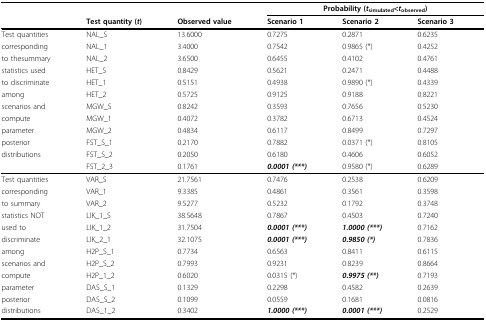
<table><thead><tr><td></td><td></td><td></td><td colspan="3"><b>Probability (<i>t</i><sub>simulated</sub>&lt;<i>t</i><sub>observed</sub>)</b></td></tr><tr><td></td><td><b>Test quantity (<i>t</i>)</b></td><td><b>Observed value</b></td><td><b>Scenario 1</b></td><td><b>Scenario 2</b></td><td><b>Scenario 3</b></td></tr></thead><tbody><tr><td>Test quantities</td><td>NAL_S</td><td>13.6000</td><td>0.7275</td><td>0.2871</td><td>0.6235</td></tr><tr><td>corresponding</td><td>NAL_1</td><td>3.4000</td><td>0.7542</td><td>0.9865 (*)</td><td>0.4252</td></tr><tr><td>to thesummary</td><td>NAL_2</td><td>3.6500</td><td>0.6455</td><td>0.4102</td><td>0.4761</td></tr><tr><td>statistics used</td><td>HET_S</td><td>0.8429</td><td>0.5621</td><td>0.2471</td><td>0.4488</td></tr><tr><td>to discriminate</td><td>HET_1</td><td>0.5151</td><td>0.4938</td><td>0.9890 (*)</td><td>0.4339</td></tr><tr><td>among</td><td>HET_2</td><td>0.5725</td><td>0.9125</td><td>0.9188</td><td>0.8221</td></tr><tr><td>scenarios and</td><td>MGW_S</td><td>0.8242</td><td>0.3593</td><td>0.7656</td><td>0.5230</td></tr><tr><td>compute</td><td>MGW_1</td><td>0.4072</td><td>0.3782</td><td>0.6713</td><td>0.4524</td></tr><tr><td>parameter</td><td>MGW_2</td><td>0.4834</td><td>0.6117</td><td>0.8499</td><td>0.7297</td></tr><tr><td>posterior</td><td>FST_S_1</td><td>0.2170</td><td>0.7882</td><td>0.0371 (*)</td><td>0.8105</td></tr><tr><td>distributions</td><td>FST_S_2</td><td>0.2050</td><td>0.6180</td><td>0.4606</td><td>0.6052</td></tr><tr><td></td><td>FST_2_3</td><td>0.1761</td><td><b><i>0.0001 (***)</i></b></td><td>0.9580 (*)</td><td>0.6289</td></tr><tr><td>Test quantities</td><td>VAR_S</td><td>21.7561</td><td>0.7476</td><td>0.2538</td><td>0.6209</td></tr><tr><td>corresponding</td><td>VAR_1</td><td>9.3385</td><td>0.4861</td><td>0.3561</td><td>0.3598</td></tr><tr><td>to summary</td><td>VAR_2</td><td>9.5277</td><td>0.5232</td><td>0.1792</td><td>0.3748</td></tr><tr><td>statistics NOT</td><td>LIK_1_S</td><td>38.5648</td><td>0.7867</td><td>0.4503</td><td>0.7240</td></tr><tr><td>used to</td><td>LIK_1_2</td><td>31.7504</td><td><b><i>0.0001 (***)</i></b></td><td><b><i>1.0000 (***)</i></b></td><td>0.7162</td></tr><tr><td>discriminate</td><td>LIK_2_1</td><td>32.1075</td><td><b><i>0.0001 (***)</i></b></td><td><b><i>0.9850 (*)</i></b></td><td>0.7836</td></tr><tr><td>among</td><td>H2P_S_1</td><td>0.7734</td><td>0.6563</td><td>0.8411</td><td>0.6115</td></tr><tr><td>scenarios and</td><td>H2P_S_2</td><td>0.7993</td><td>0.9231</td><td>0.8239</td><td>0.8664</td></tr><tr><td>compute</td><td>H2P_1_2</td><td>0.6020</td><td>0.0315 (*)</td><td><b><i>0.9975 (**)</i></b></td><td>0.7193</td></tr><tr><td>parameter</td><td>DAS_S_1</td><td>0.1329</td><td>0.2298</td><td>0.4582</td><td>0.2639</td></tr><tr><td>posterior</td><td>DAS_S_2</td><td>0.1099</td><td>0.0559</td><td>0.1681</td><td>0.0816</td></tr><tr><td>distributions</td><td>DAS_1_2</td><td>0.3402</td><td><b><i>1.0000 (***)</i></b></td><td><b><i>0.0001 (***)</i></b></td><td>0.2529</td></tr></tbody></table>